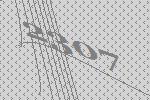
2307